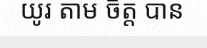
យូរ តាម ចិត្ត បាន